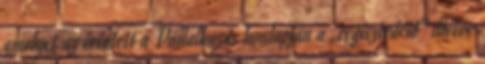
amelyet az érintett a Vállalkozás honlapján a „regisztráció” illetve